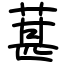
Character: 葚